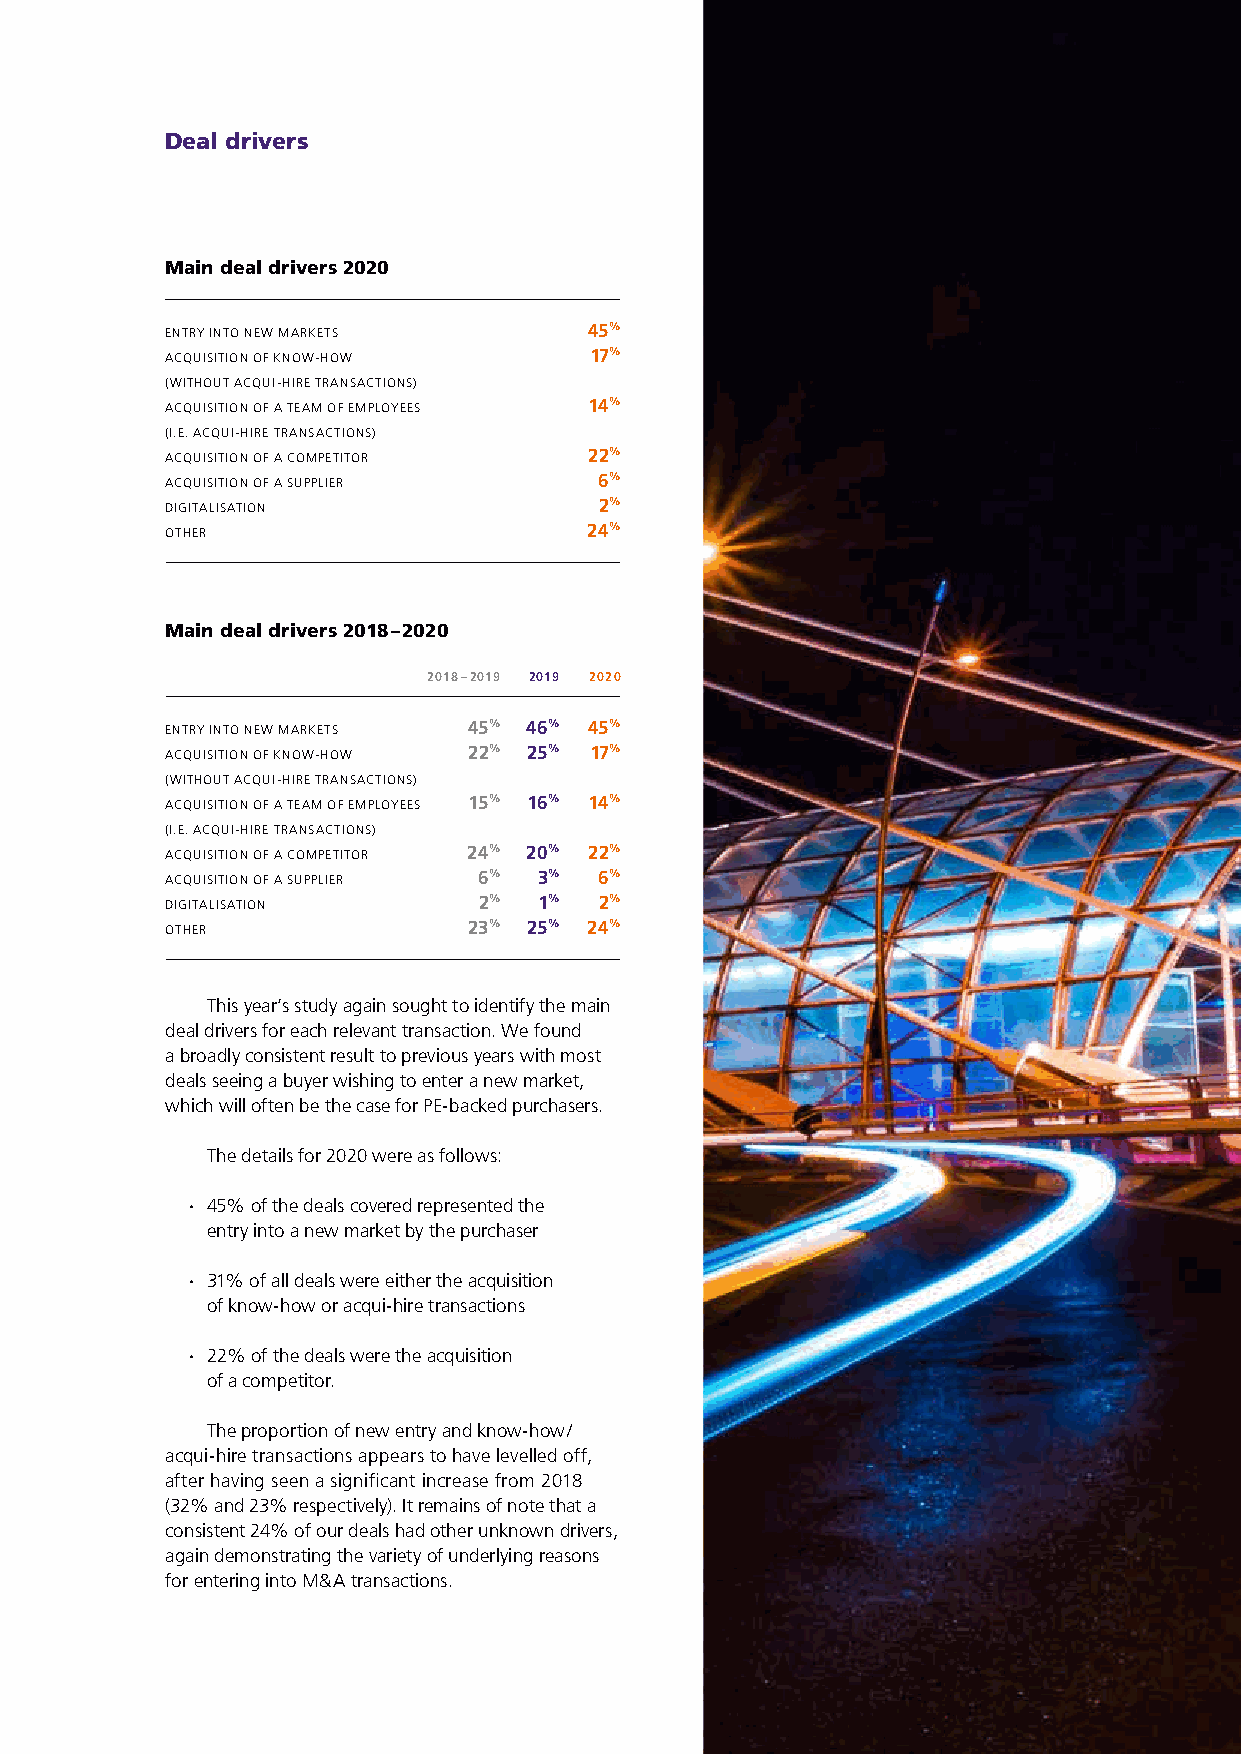
Deal drivers
 Main deal drivers 2020
 ENTRY INTO NEW MARKETS      45%
 ACQUISITION OF KNOW-HOW     17%
 (WITHOUT ACQUI-HIRE TRANSACTIONS)
 ACQUISITION OF A TEAM OF EMPLOYEES 14%
 (I.E. ACQUI-HIRE TRANSACTIONS)
 ACQUISITION OF A COMPETITOR 22%
 ACQUISITION OF A SUPPLIER    6%
 DIGITALISATION               2%
 OTHER                       24%
 Main deal drivers 2018 – 2020
 2018 – 2019 2019 2020
 ENTRY INTO NEW MARKETS 45% 46% 45%
 ACQUISITION OF KNOW-HOW 22% 25% 17%
 (WITHOUT ACQUI-HIRE TRANSACTIONS)
 ACQUISITION OF A TEAM OF EMPLOYEES 15% 16% 14%
 (I.E. ACQUI-HIRE TRANSACTIONS)
 ACQUISITION OF A COMPETITOR 24% 20% 22%
 ACQUISITION OF A SUPPLIER 6% 3% 6%
 DIGITALISATION       2%  1%  2%
 OTHER               23% 25% 24%
 This year’s study again sought to identify the main
 deal drivers for each relevant transaction. We found
 a broadly consistent result to previous years with most
 deals seeing a buyer wishing to enter a new market,
 which will often be the case for PE-backed purchasers.
 The details for 2020 were as follows:
 ∙ 45% of the deals covered represented the
 entry into a new market by the purchaser
 ∙ 31% of all deals were either the acquisition
 of know-how or acqui-hire transactions
 ∙ 22% of the deals were the acquisition
 of a competitor.
 The proportion of new entry and know-how /
 acqui-hire transactions appears to have levelled off,
 after having seen a significant increase from 2018
 (32% and 23% respectively). It remains of note that a
 consistent 24% of our deals had other unknown drivers,
 again demonstrating the variety of underlying reasons
 for entering into M & A transactions.